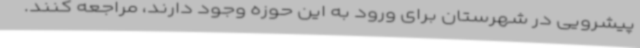
پیشرویی در شهرستان برای ورود به این حوزه وجود دارند، مراجعه کنند.